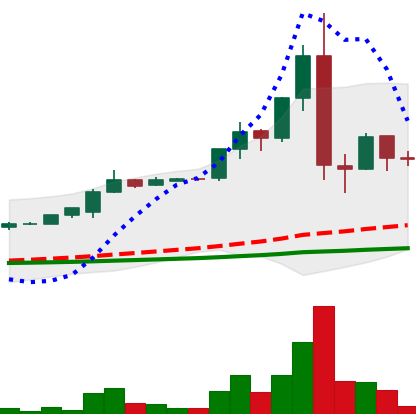
Ticker: LTC-USD
Chart end date: 2015-07-14
Forward return: -19.007%
Label: down_7plus